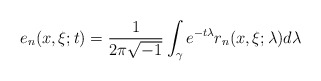
\begin{align*}e_n(x,\xi;t)=\frac1{2\pi\sqrt{-1}}\int_\gamma e^{-t\lambda}r_n(x,\xi;\lambda)d\lambda\end{align*}